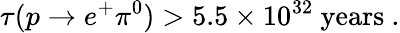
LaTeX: \tau(p\to e^{+}\pi^{0})>5.5\times 10^{32}~\mathrm{years}~.